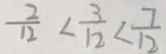
\frac { 2 } { 1 2 } < \frac { 3 } { 1 2 } < \frac { 7 } { 1 2 }